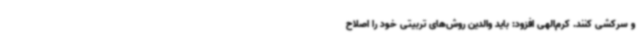
و سرکشی کنند. کرم‌الهی افزود: باید والدین روش‌های تربیتی خود را اصلاح